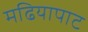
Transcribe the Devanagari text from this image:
मढियापाट